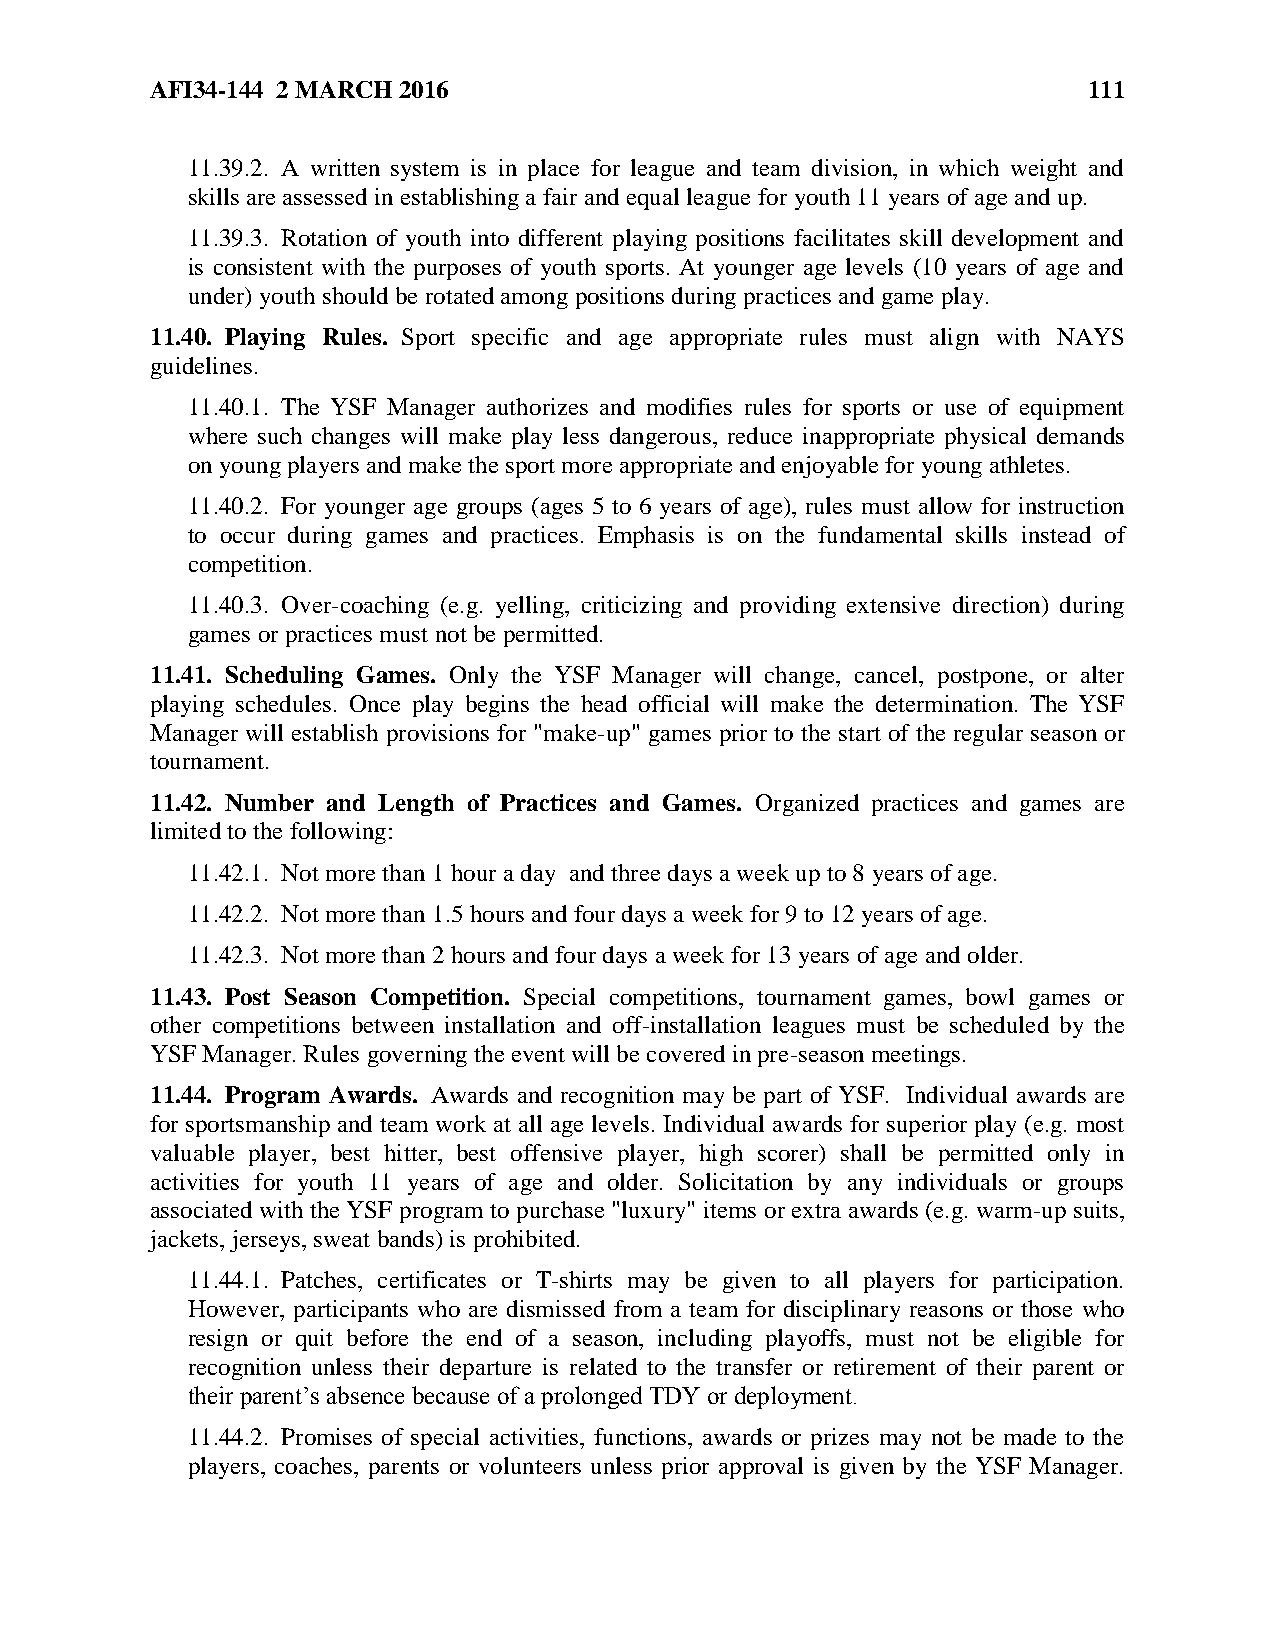
AFI34-144 2 MARCH 2016                                        111
 11.39.2. A written system is in place for league and team division, in which weight and
 skills are assessed in establishing a fair and equal league for youth 11 years of age and up.
 11.39.3. Rotation of youth into different playing positions facilitates skill development and
 is consistent with the purposes of youth sports. At younger age levels (10 years of age and
 under) youth should be rotated among positions during practices and game play.
 11.40. Playing Rules. Sport specific and age appropriate rules must align with NAYS
 guidelines.
 11.40.1. The YSF Manager authorizes and modifies rules for sports or use of equipment
 where such changes will make play less dangerous, reduce inappropriate physical demands
 on young players and make the sport more appropriate and enjoyable for young athletes.
 11.40.2. For younger age groups (ages 5 to 6 years of age), rules must allow for instruction
 to occur during games and practices. Emphasis is on the fundamental skills instead of
 competition.
 11.40.3. Over-coaching (e.g. yelling, criticizing and providing extensive direction) during
 games or practices must not be permitted.
 11.41. Scheduling Games. Only the YSF Manager will change, cancel, postpone, or alter
 playing schedules. Once play begins the head official will make the determination. The YSF
 Manager will establish provisions for "make-up" games prior to the start of the regular season or
 tournament.
 11.42. Number and Length of Practices and Games. Organized practices and games are
 limited to the following:
 11.42.1. Not more than 1 hour a day and three days a week up to 8 years of age.
 11.42.2. Not more than 1.5 hours and four days a week for 9 to 12 years of age.
 11.42.3. Not more than 2 hours and four days a week for 13 years of age and older.
 11.43. Post Season Competition. Special competitions, tournament games, bowl games or
 other competitions between installation and off-installation leagues must be scheduled by the
 YSF Manager. Rules governing the event will be covered in pre-season meetings.
 11.44. Program Awards. Awards and recognition may be part of YSF. Individual awards are
 for sportsmanship and team work at all age levels. Individual awards for superior play (e.g. most
 valuable player, best hitter, best offensive player, high scorer) shall be permitted only in
 activities for youth 11 years of age and older. Solicitation by any individuals or groups
 associated with the YSF program to purchase "luxury" items or extra awards (e.g. warm-up suits,
 jackets, jerseys, sweat bands) is prohibited.
 11.44.1. Patches, certificates or T-shirts may be given to all players for participation.
 However, participants who are dismissed from a team for disciplinary reasons or those who
 resign or quit before the end of a season, including playoffs, must not be eligible for
 recognition unless their departure is related to the transfer or retirement of their parent or
 their parent’s absence because of a prolonged TDY or deployment.
 11.44.2. Promises of special activities, functions, awards or prizes may not be made to the
 players, coaches, parents or volunteers unless prior approval is given by the YSF Manager.